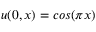
u ( 0 , x ) = c o s ( \pi x )